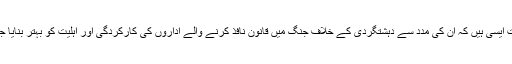
یہ سفارشات ایسی ہیں کہ ان کی مدد سے دہشتگردی کے خلاف جنگ میں قانون نافذ کرنے والے اداروں کی کارکردگی اور اہلیت کو بہتر بنایا جاسکتا ہے ۔